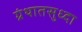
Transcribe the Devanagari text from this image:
ग्रंथातसुध्दा